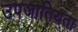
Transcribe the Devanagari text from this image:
उपजातियता